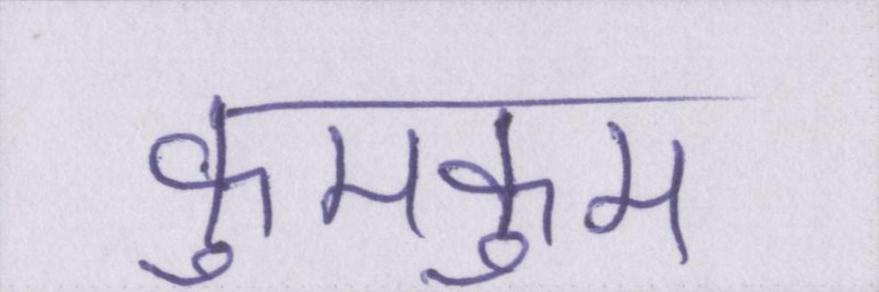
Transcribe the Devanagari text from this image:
कुमकुम